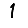
Digit: 1